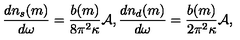
{ \frac { d n _ { s } ( m ) } { d \omega } } = { \frac { b ( m ) } { 8 \pi ^ { 2 } \kappa } } { \cal A } , { \frac { d n _ { d } ( m ) } { d \omega } } = { \frac { b ( m ) } { 2 \pi ^ { 2 } \kappa } } { \cal A } ,